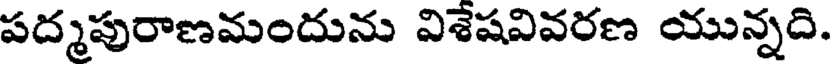
పద్మపురాణమందును విశేషవివరణ యున్నది.